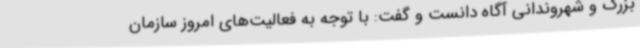
بزرگ و شهروندانی آگاه دانست و گفت: با توجه به فعالیت‌های امروز سازمان